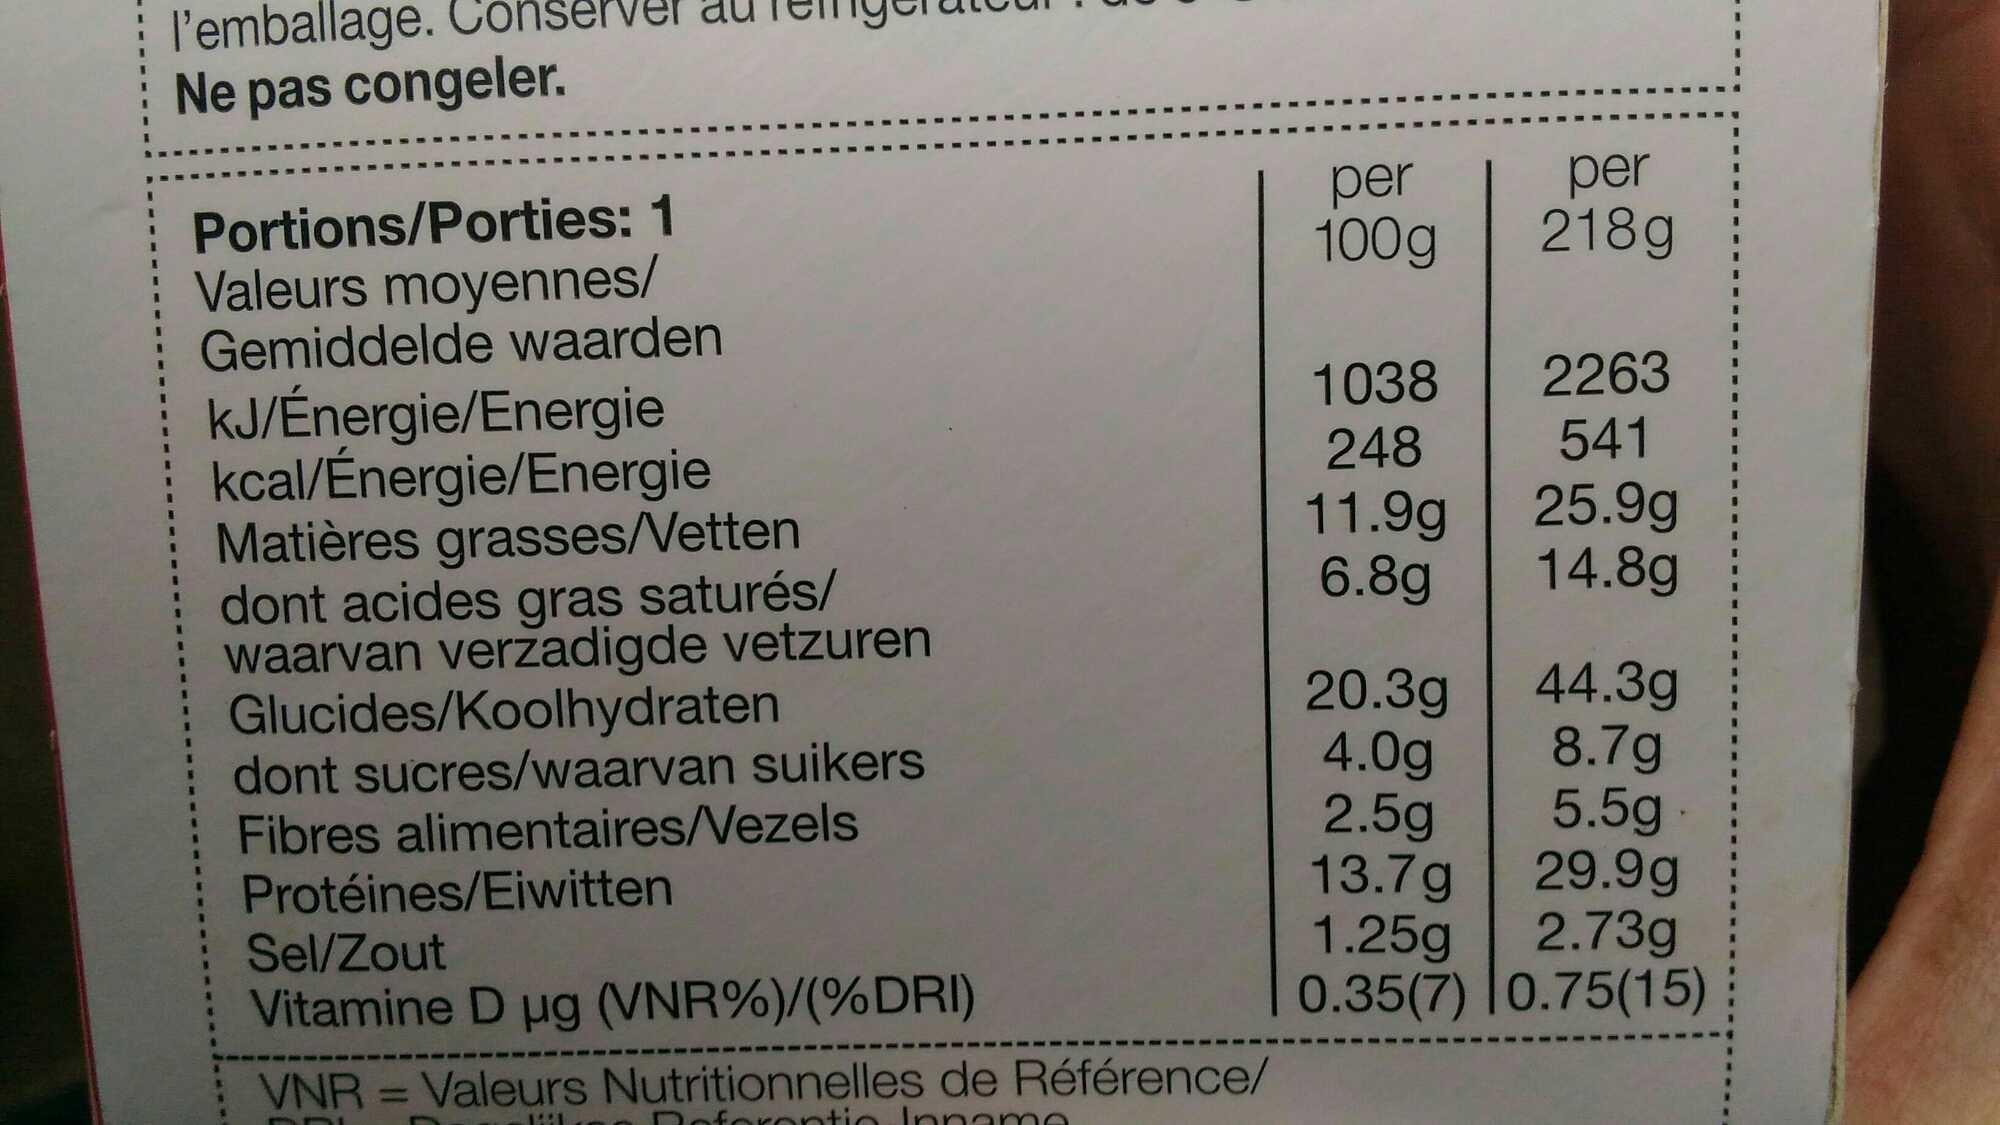
l'emballage. Ne pas congeler.
Portions/Porties: 1 Valeurs moyennes/ Gemiddelde waarden kJ/Énergie/Energie kcal/Énergie/Energie
Matières grasses/Vetten dont acides gras saturés/ waarvan verzadigde vetzuren Glucides/Koolhydraten
dont sucres/waarvan suikers Fibres alimentaires/Vezels
Protéines/Eiwitten
Sel/Zout
Vitamine D µg (VNR%)/(%DRI)
VNR=Valeurs Nutritionnelles de Référence/
Doforontio Innoms
DDI
M
per 100g
1038
248
11.9g
6.8g
per 218g
2263
541
25.99
14.8g
20.3g 44.3g
4.0g
8.7g
2.5g
5.5g
13.7g
29.9g
1.25g
2.73g
0.35(7) 0.75(15)